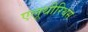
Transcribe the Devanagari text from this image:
एलूथीरिथस